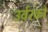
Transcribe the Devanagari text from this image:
उर्वरको